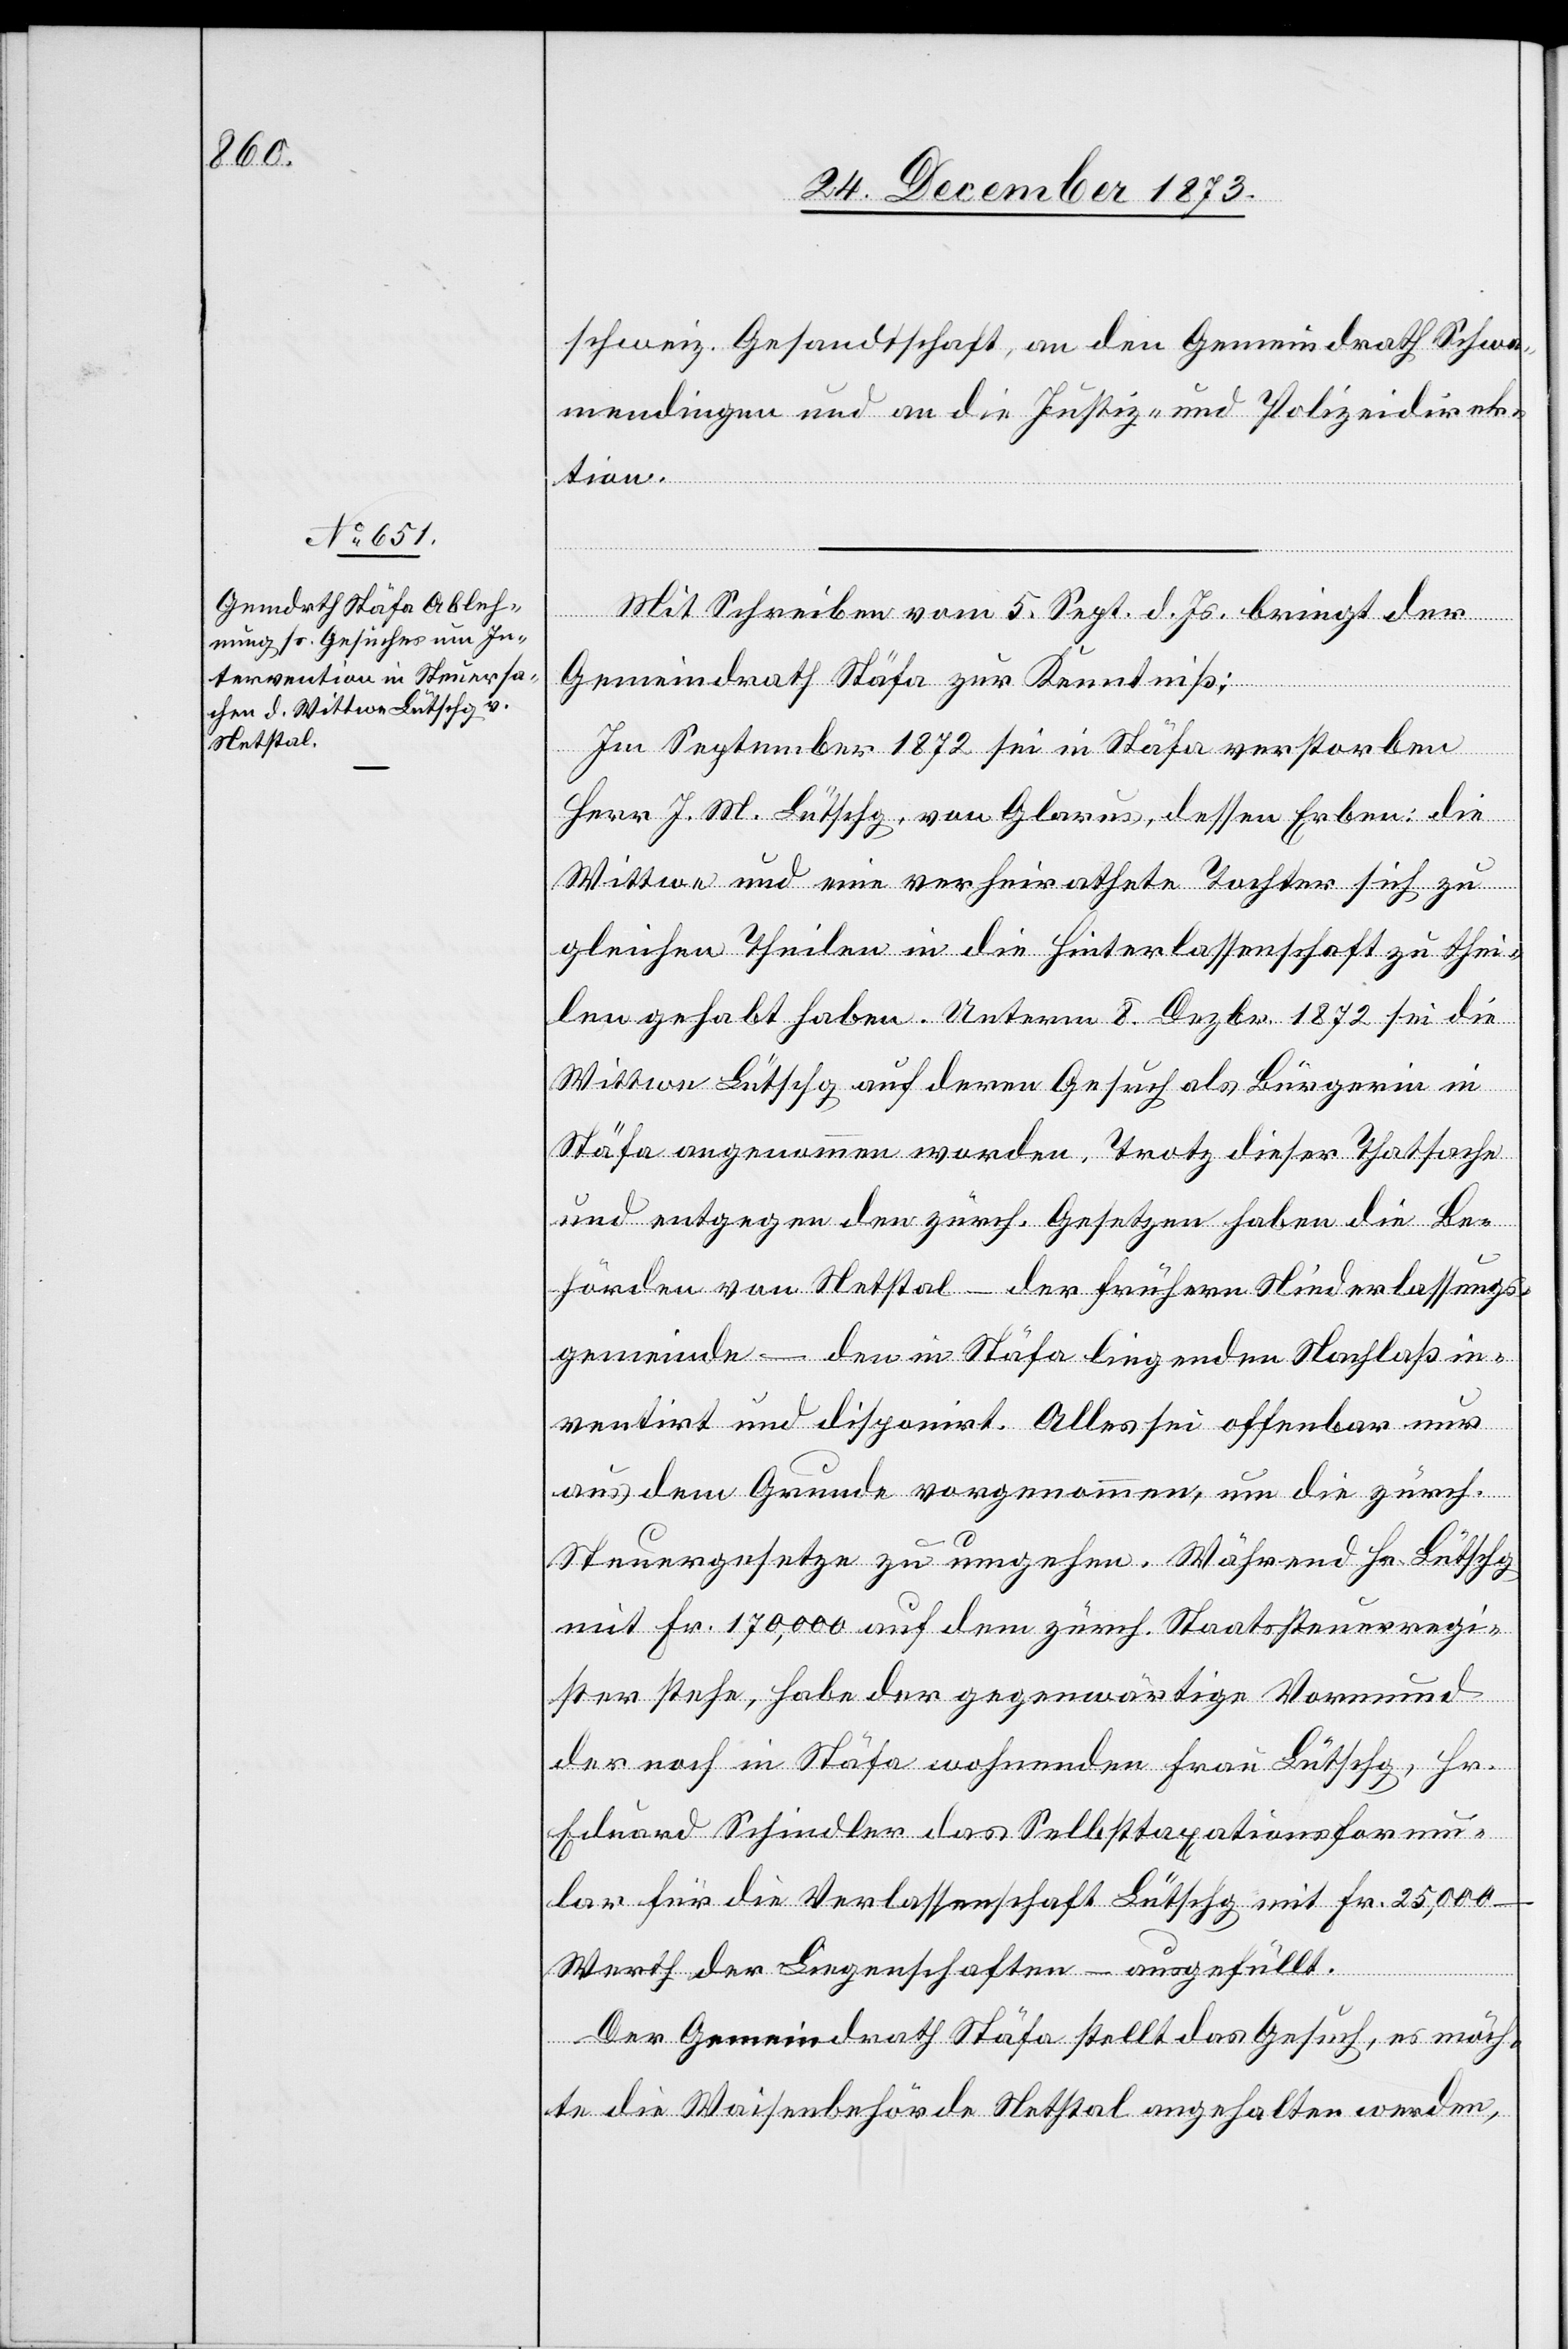
schweiz. Gesandtschaft, an den Gemeindrath Schwa¬
mendingen und an die Justiz- und Polizeidirek¬
tion.
Mit Schreiben vom 5. Sept. d. Js. bringt der
Gemeindrath Stäfa zur Kenntniß:
Im September 1872 sei in Stäfa verstorben
Herr J. M. Lütschg, von Glarus, dessen Erben: die
Wittwe und eine verheirathete Tochter sich zu
gleichen Theilen in die Hinterlassenschaft zu thei¬
len gehabt haben. Unterm 8. Dezbr. 1872 sei die
Wittwe Lütschg auf deren Gesuch als Bürgerin in
Stäfa angenommen worden. Trotz dieser Thatsache
und entgegen den zürch. Gesetzen haben die Be¬
hörden von Netstal – der frühern Niederlassungs¬
gemeinde – den in Stäfa liegenden Nachlaß in¬
ventirt und disponirt. Alles sei offenbar nur
aus dem Grund vorgenommen, um die zürch.
Steuergesetze zu umgehen. Während Hr. Lütschg
mit Fr. 170,000 auf dem zürch. Staatssteuerregi¬
ster stehe, habe der gegenwärtige Vormund
der noch in Stäfa wohnenden Frau Lütschg, Hr.
Eduard Schindler das Selbsttaxationsformu¬
lar für die Verlassenschaft Lütschg mit Fr. 25,000 –
Werth der Liegenschaften – ausgefüllt.
Der Gemeindrath Stäfa stellt das Gesuch, es möch¬
te die Waisenbehörde Netstal angehalten werden,